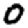
Digit: 0